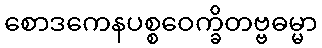
စောဒကေနပစ္စဝေက္ခိတဗ္ဗဓမ္မာ